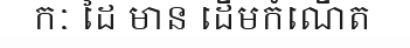
កៈ ដៃ មាន ដើមកំណើត